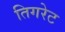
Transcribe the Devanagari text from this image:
तिगरेट